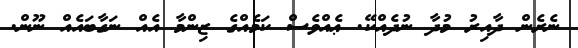
ނެރެން ދާއިރު މުދާ ނުދެއްކޭ. ޢެއްވެސް ކަމެއްގެ ޒިންމާ އެއް ނަގާބައެއް ނޫން.